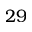
2 9